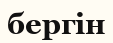
бергін